Lunatic asylums in Bengal annual reports 1888-1898 - 1888-1898
Year: 1888
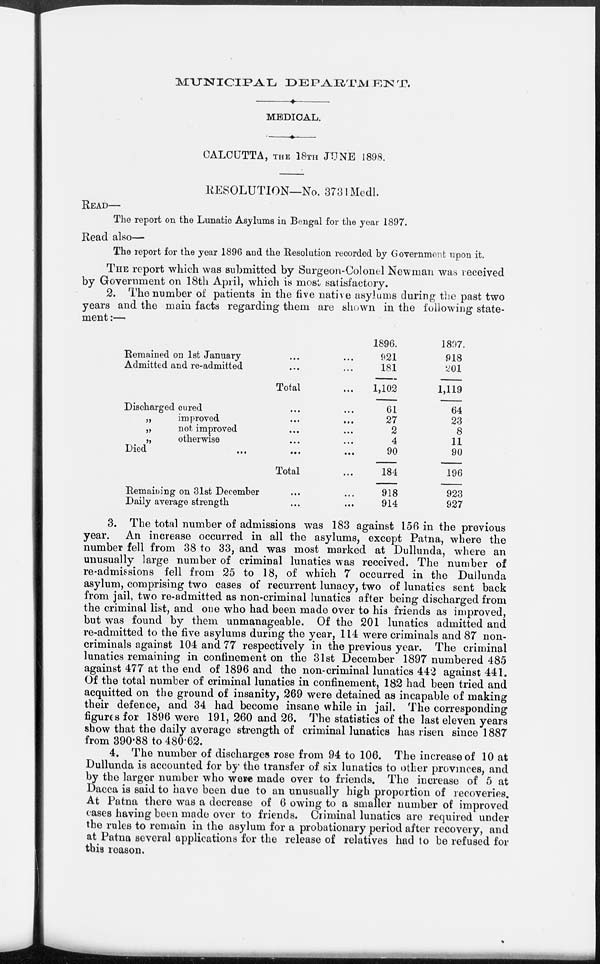
MUNICIPAL
DEPARTMENT.
MEDICAL.
CALCUTTA, THE 18TH JUNE 1898.
RESOLUTION—No. 3731Medl.
READ—
The report on the Lunatic Asylums in Bengal for the year 1897.
Read also—
The report for the year 1896 and the Resolution recorded by Government upon it.
THE report which was submitted by Surgeon-Colonel Newman was received
by Government on 18th April, which is most satisfactory.
2. The number of patients in the five native asylums during the past two
years and the main facts regarding them are shown in the following state-
ment :—
Remained on 1st January ... ...
Admitted and re-admitted ... ...
Total ...
Discharged cured ... ...
„
improved ... ...
„
not improved ... ...
„
otherwise ... ...
Died ... ... ...
Total ...
Remaining on 31st December ... ...
Daily average strength ... ...
1896.
921
181
1,102
61
27
2
4
90
184
918
914
1897.
918
201
1,119
64
23
8
11
90
196
923
927
3. The total number of admissions was 183 against 156 in the previous
year. An increase occurred in all the asylums, except Patna, where the
number fell from 38 to 33, and was most marked at Dullunda, where an
unusually large number of criminal lunatics was received. The number of
re-admissions fell from 25 to 18, of which 7 occurred in the Dullunda
asylum, comprising two cases of recurrent lunacy, two of lunatics sent back
from jail, two re-admitted as non-criminal lunatics after being discharged from
the criminal list, and one who had been made over to his friends as improved,
but was found by them unmanageable. Of the 201 lunatics admitted and
re-admitted to the five asylums during the year, 114 were criminals and 87 non-
criminals against 104 and 77 respectively in the previous year. The criminal
lunatics remaining in confinement on the 31st December 1897 numbered 485
against 477 at the end of 1896 and the non-criminal lunatics 442 against 441.
Of the total number of criminal lunatics in confinement, 182 had been tried and
acquitted on the ground of insanity, 269 were detained as incapable of making
their defence, and 34 had become insane while in jail. The corresponding
figures for 1896 were 191, 260 and 26. The statistics of the last eleven years
show that the daily average strength of criminal lunatics has risen since 1887
from 390.88 to 480.62.
4. The number of discharges rose from 94 to 106. The increase of 10 at
Dullunda is accounted for by the transfer of six lunatics to other provinces, and
by the larger number who were made over to friends. The increase of 5 at
Dacca is said to have been due to an unusually high proportion of recoveries.
At Patna there was a decrease of 6 owing to a smaller number of improved
cases having been made over to friends. Criminal lunatics are required under
the rules to remain in the asylum for a probationary period after recovery, and
at Patna several applications for the release of relatives had to be refused for
this reason.